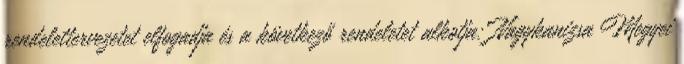
rendelettervezetet elfogadja és a következő rendeletet alkotja: Nagykanizsa Megyei